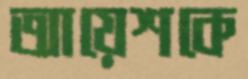
আয়েশকে